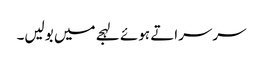
سرسراتے ہوئے لہجے میں بولیں۔